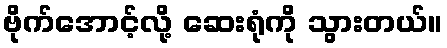
ဗိုက်အောင့်လို့ ဆေးရုံကို သွားတယ်။